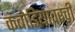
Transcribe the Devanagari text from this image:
कंबोडियावरची